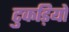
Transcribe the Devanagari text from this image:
टुकड़ियो